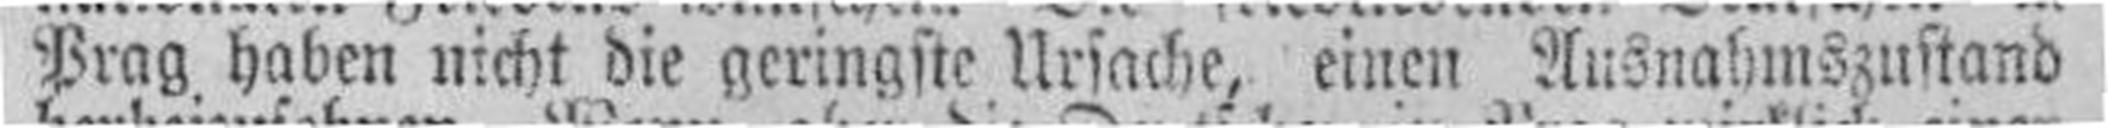
Prag haben nicht die geringste Ursache, einen Ausnahmszustand